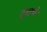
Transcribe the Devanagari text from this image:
दूधाचे